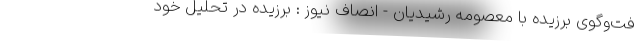
فت‌وگوی برزیده با معصومه رشیدیان - انصاف نیوز : برزیده در تحلیل خود